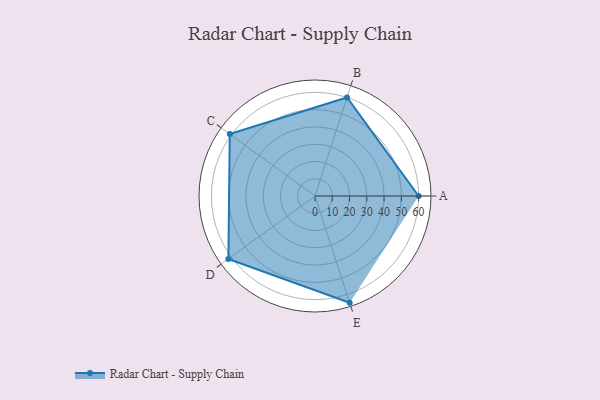
{"axis": {"x": "Skill", "y": "Score"}, "legend": ["Profile"], "data": [{"x": "A", "y": 60.0, "type": "Profile"}, {"x": "B", "y": 60.0, "type": "Profile"}, {"x": "C", "y": 61.0, "type": "Profile"}, {"x": "D", "y": 62.0, "type": "Profile"}, {"x": "E", "y": 65.0, "type": "Profile"}]}